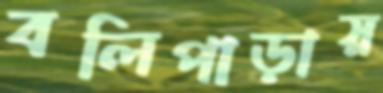
বলিপাড়ায়